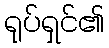
ရုပ်ရှင်၏